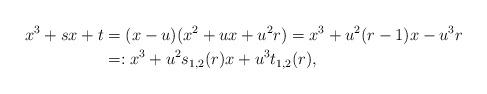
LaTeX: \begin{align*} x^{3}+sx+t &= (x-u)(x^{2}+ux+u^{2}r)=x^{3}+u^{2}(r-1)x-u^{3}r\\ &=:x^{3}+u^{2}s_{1,2}(r)x+u^{3}t_{1,2}(r), \end{align*}